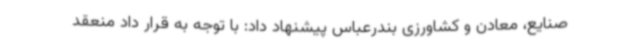
صنایع، معادن و کشاورزی بندرعباس پیشنهاد داد: با توجه به قرار داد منعقد